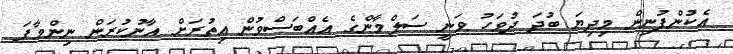
އެކުންފުނިން މިދިޔަ ބުދަ ދުވަހު ވަނީ ސަލްމާންގެ އެއްބަސްވުން އިތުރަށް އާނުކުރަން ނިންމާފަ